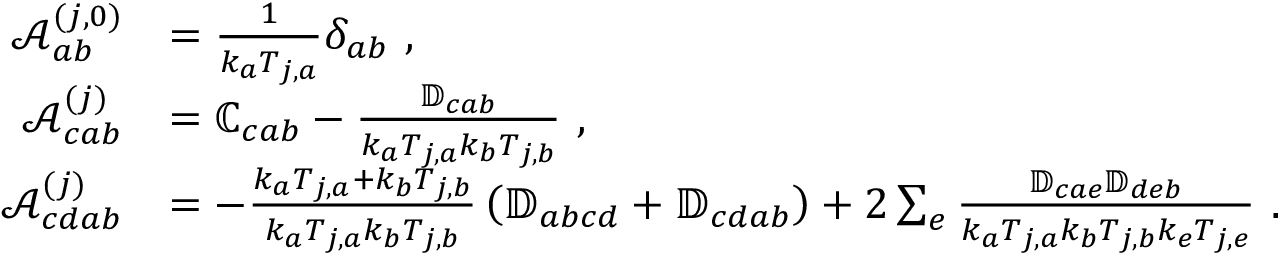
\begin{array} { r l } { \mathcal { A } _ { a b } ^ { ( j , 0 ) } } & { = \frac { 1 } { k _ { a } T _ { j , a } } \delta _ { a b } ~ , } \\ { \mathcal { A } _ { c a b } ^ { ( j ) } } & { = \mathbb { C } _ { c a b } - \frac { \mathbb { D } _ { c a b } } { k _ { a } T _ { j , a } k _ { b } T _ { j , b } } ~ , } \\ { \mathcal { A } _ { c d a b } ^ { ( j ) } } & { = - \frac { k _ { a } T _ { j , a } + k _ { b } T _ { j , b } } { k _ { a } T _ { j , a } k _ { b } T _ { j , b } } \left( \mathbb { D } _ { a b c d } + \mathbb { D } _ { c d a b } \right) + 2 \sum _ { e } \frac { \mathbb { D } _ { c a e } \mathbb { D } _ { d e b } } { k _ { a } T _ { j , a } k _ { b } T _ { j , b } k _ { e } T _ { j , e } } ~ . } \end{array}